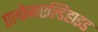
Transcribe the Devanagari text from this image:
एल्केनएल्डिहाइड